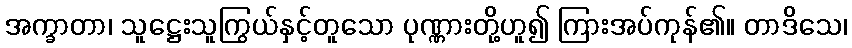
အက္ခာတာ၊ သူဋ္ဌေးသူကြွယ်နှင့်တူသော ပုဏ္ဏားတို့ဟူ၍ ကြားအပ်ကုန်၏။ တာဒိသေ၊